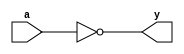
//NOT Gate
//Behavioural modelling

module NOT_Behavioural(a,y);
input a;
output y;
reg y;

always @(a)
y = ~a;
endmodule